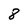
Character: 8